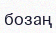
бозаң